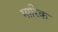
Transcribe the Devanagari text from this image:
मारिक